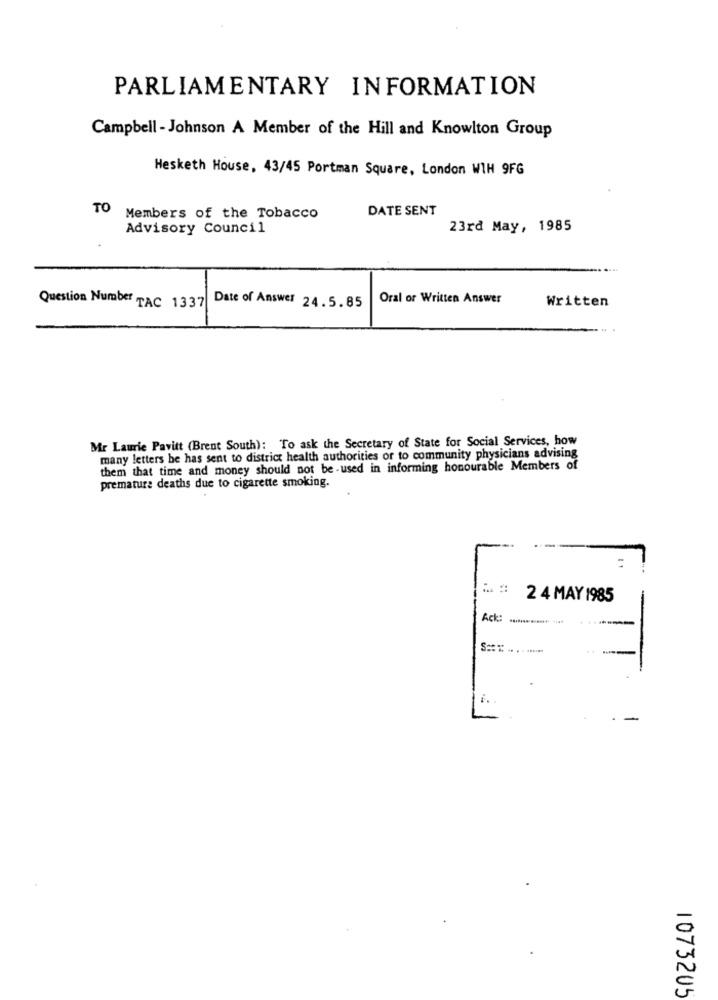
PARLIAMENTARY INFORMATION
Campbell - Johnson A Member of the Hill and Knowlton Group
Hesketh House, 43/45 Portman Square, London WIH 9FG
TO
DATE SENT
Members of the Tobacco
Advisory Council
23rd May, 1985
Oral or Written Answer
Written
Question Number TAC 1337
Date of Answer 24.5.85
Mr Laurie Pavitt (Brent South): To ask the Secretary of State for Social Services, how
many letters he has sent to district health authorities or to community physicians advising
them that time and money should not be used in informing honourable Members of
premature deaths due to cigarette smoking.
2 4 MAY 1985
Ack: ...******** ***
-
1073205